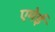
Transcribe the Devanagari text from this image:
एमेई